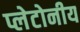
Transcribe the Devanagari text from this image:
प्लेटोनीय